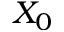
X _ { 0 }